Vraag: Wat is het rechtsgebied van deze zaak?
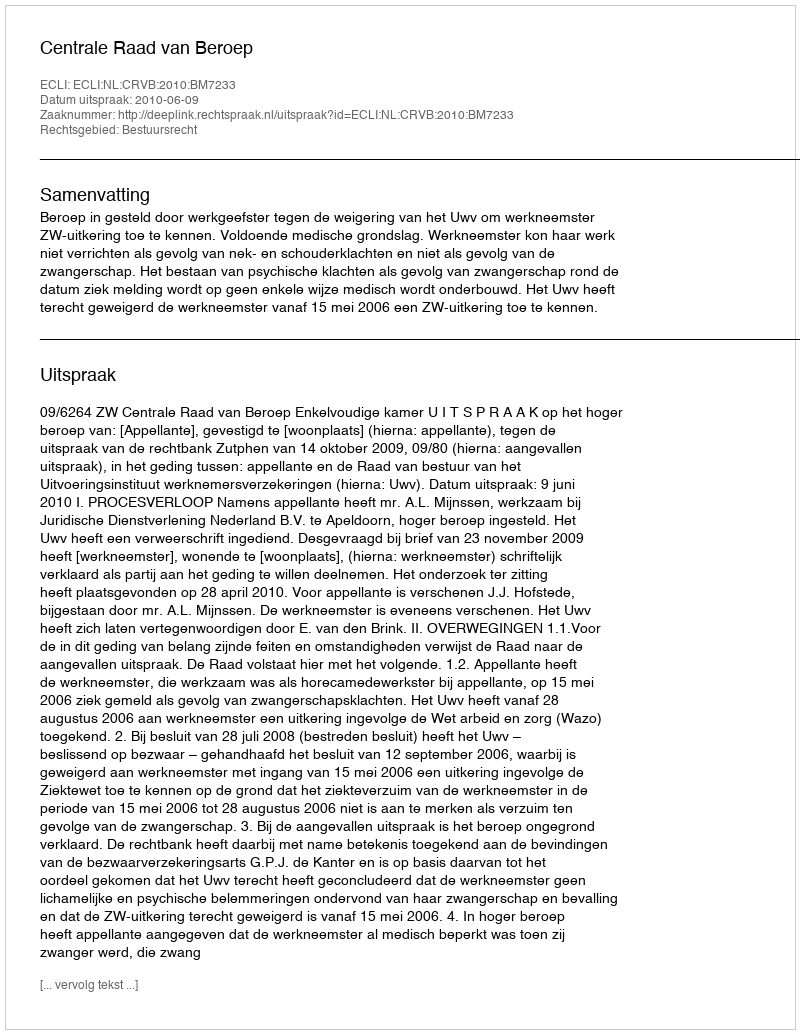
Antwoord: Bestuursrecht